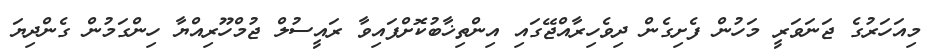
މިއަހަރުގެ ޖަނަވަރީ މަހުން ފެށިގެން ދިވެހިރާއްޖޭގައި އިންތިޚާބުކޮށްފައިވާ ރައީސުލް ޖުމްހޫރިއްޔާ ހިންގަމުން ގެންދިޔަ